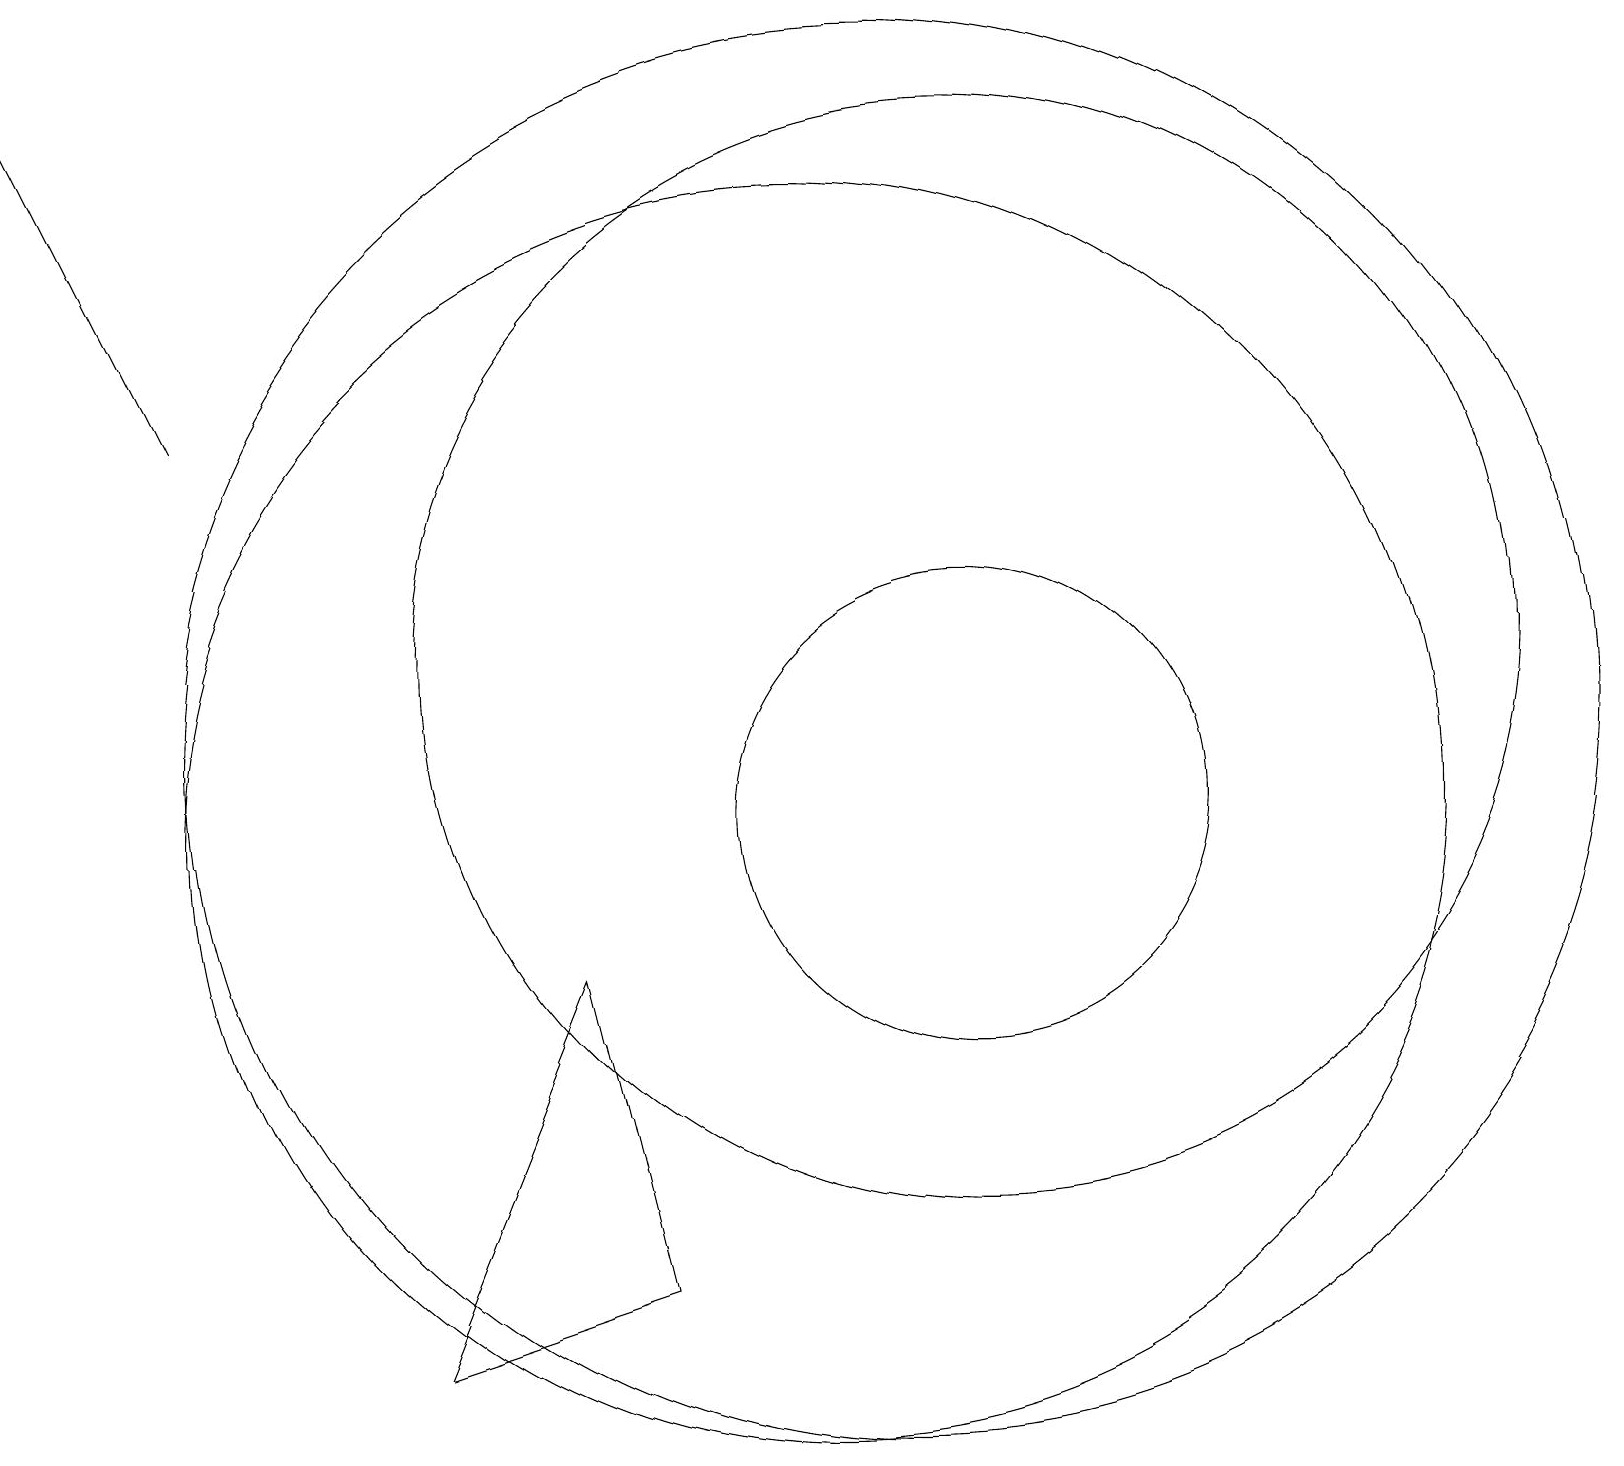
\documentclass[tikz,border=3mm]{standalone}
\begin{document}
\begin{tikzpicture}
\draw[->] (2,15) -- (0,19);
\draw (12,10) circle (3);
\draw (8,4) -- (5,3) -- (7,8) -- cycle;
\draw (11,11) circle (9);
\draw (12,12) circle (7);
\draw (10,10) circle (8);
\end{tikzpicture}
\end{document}